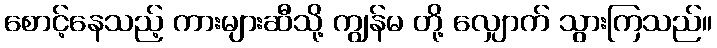
စောင့်နေသည့် ကားများဆီသို့ ကျွန်မ တို့ လျှောက် သွားကြသည်။